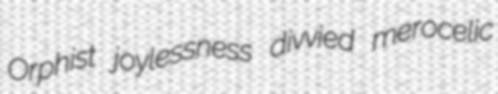
Orphist joylessness divvied merocelic